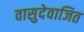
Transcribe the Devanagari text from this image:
वासुदेवाजित